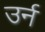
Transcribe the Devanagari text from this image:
उर्न